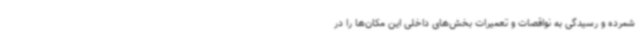
شمرده و رسیدگی به نواقصات و تعمیرات بخش‌های داخلی این مکان‌ها را در